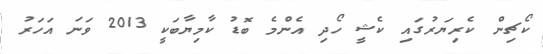
ކޯޗިން ކެރިޔަރުގައި ކެޝީ ހޯދި އެންމެ ބޮޑު ކާމިޔާބަކީ 2013 ވަނަ އަހަރު